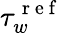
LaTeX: \tau_{w}^{\mathrm{~r~e~f~}}